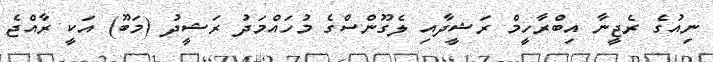
ނިއުގެ ރެޖީނާ އިބްރާހީމް ރަޝީދާއި ލެގޫންސްގެ މުހައްމަދު ރަޝީދު (މަބޫ) އަކީ ރާއްޖެ